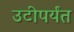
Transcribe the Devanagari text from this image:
उटीपर्यंत